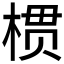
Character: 𱣱